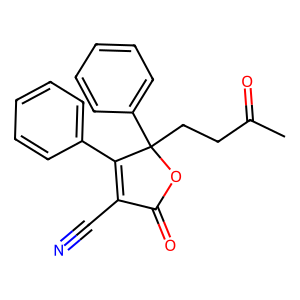
SMILES: CC(=O)CCC1(c2ccccc2)OC(=O)C(C#N)=C1c1ccccc1
Inhibits HIV replication: No